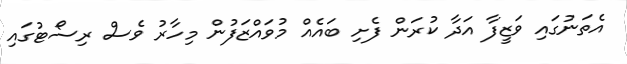
އެތަނުގައި ވަޒީފާ އަދާ ކުރަން ފެށި ބައެއް މުވައްޒަފުން މިހާރު ވެސް ރިސޯޓުގައި